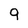
Character: 9